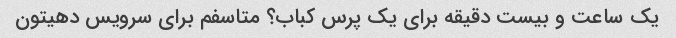
یک ساعت و بیست دقیقه برای یک پرس کباب؟ متاسفم برای سرویس دهیتون